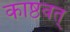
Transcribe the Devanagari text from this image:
काष्ठवत्